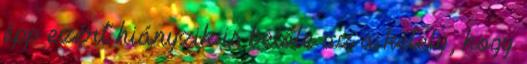
épp ezért hiányzik is belőle az a kétely, hogy